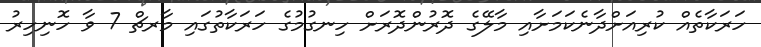
ހަރަކާތެއް ކުރިއަށްދާނެކަމަށާއި މާލޭގެ ދޮރުންދޮރަށް ހިނގުމުގެ ހަރަކާތުގައި މާރޗް 7 ވާ ހޮނިހިރު